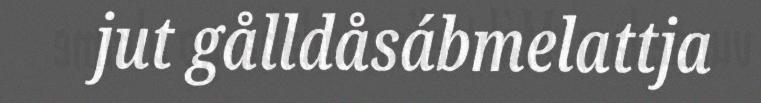
jut gålldåsábmelattja